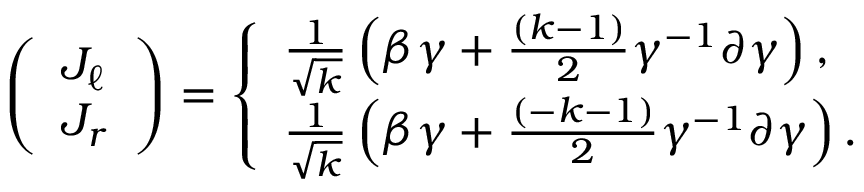
\begin{array} { r } { \left( \begin{array} { l } { J _ { \ell } } \\ { J _ { r } } \end{array} \right) = \left\{ \begin{array} { l l } { \frac { 1 } { \sqrt { k } } \left( \beta \gamma + \frac { \left( k - 1 \right) } { 2 } \gamma ^ { - 1 } \partial \gamma \right) , } \\ { \frac { 1 } { \sqrt { k } } \left( \beta \gamma + \frac { \left( - k - 1 \right) } { 2 } \gamma ^ { - 1 } \partial \gamma \right) . } \end{array} \right. } \end{array}